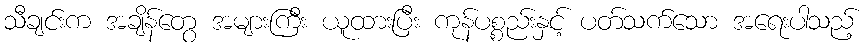
သီချင်းက အချိန်တွေ အများကြီး ယူထားပြီး ကုန်ပစ္စည်းနှင့် ပတ်သက်သော အရေးပါသည့်